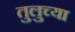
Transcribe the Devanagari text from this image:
तुलुच्या